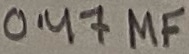
Text: 0.47µF